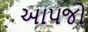
આપજો